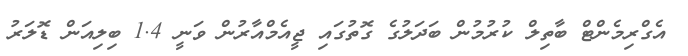
އެގްރިމެންޓް ބާތިލް ކުރުމުން ބަދަލުގެ ގޮތުގައި ޖީއެމްއާރުން ވަނީ 1.4 ބިލިއަން ޑޮލަރު